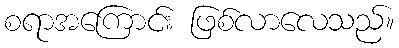
စရာအကြောင်း ဖြစ်လာလေသည်။